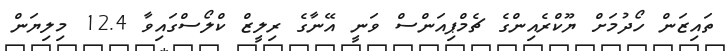
ތައިޒަން ހޯދުމަށް ޔޫކްރެއިންގެ ޗެމްޕިއަންސް ވަނީ އޭނާގެ ރިލީޒް ކްލޯސްގައިވާ 12.4 މިލިޔަން